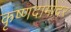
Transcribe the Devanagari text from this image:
कृष्णदामोदर